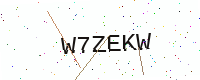
Text: W7ZEKW